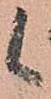
候